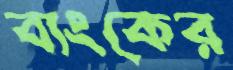
ব্যংকের